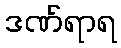
ဒဏ်ရာရ